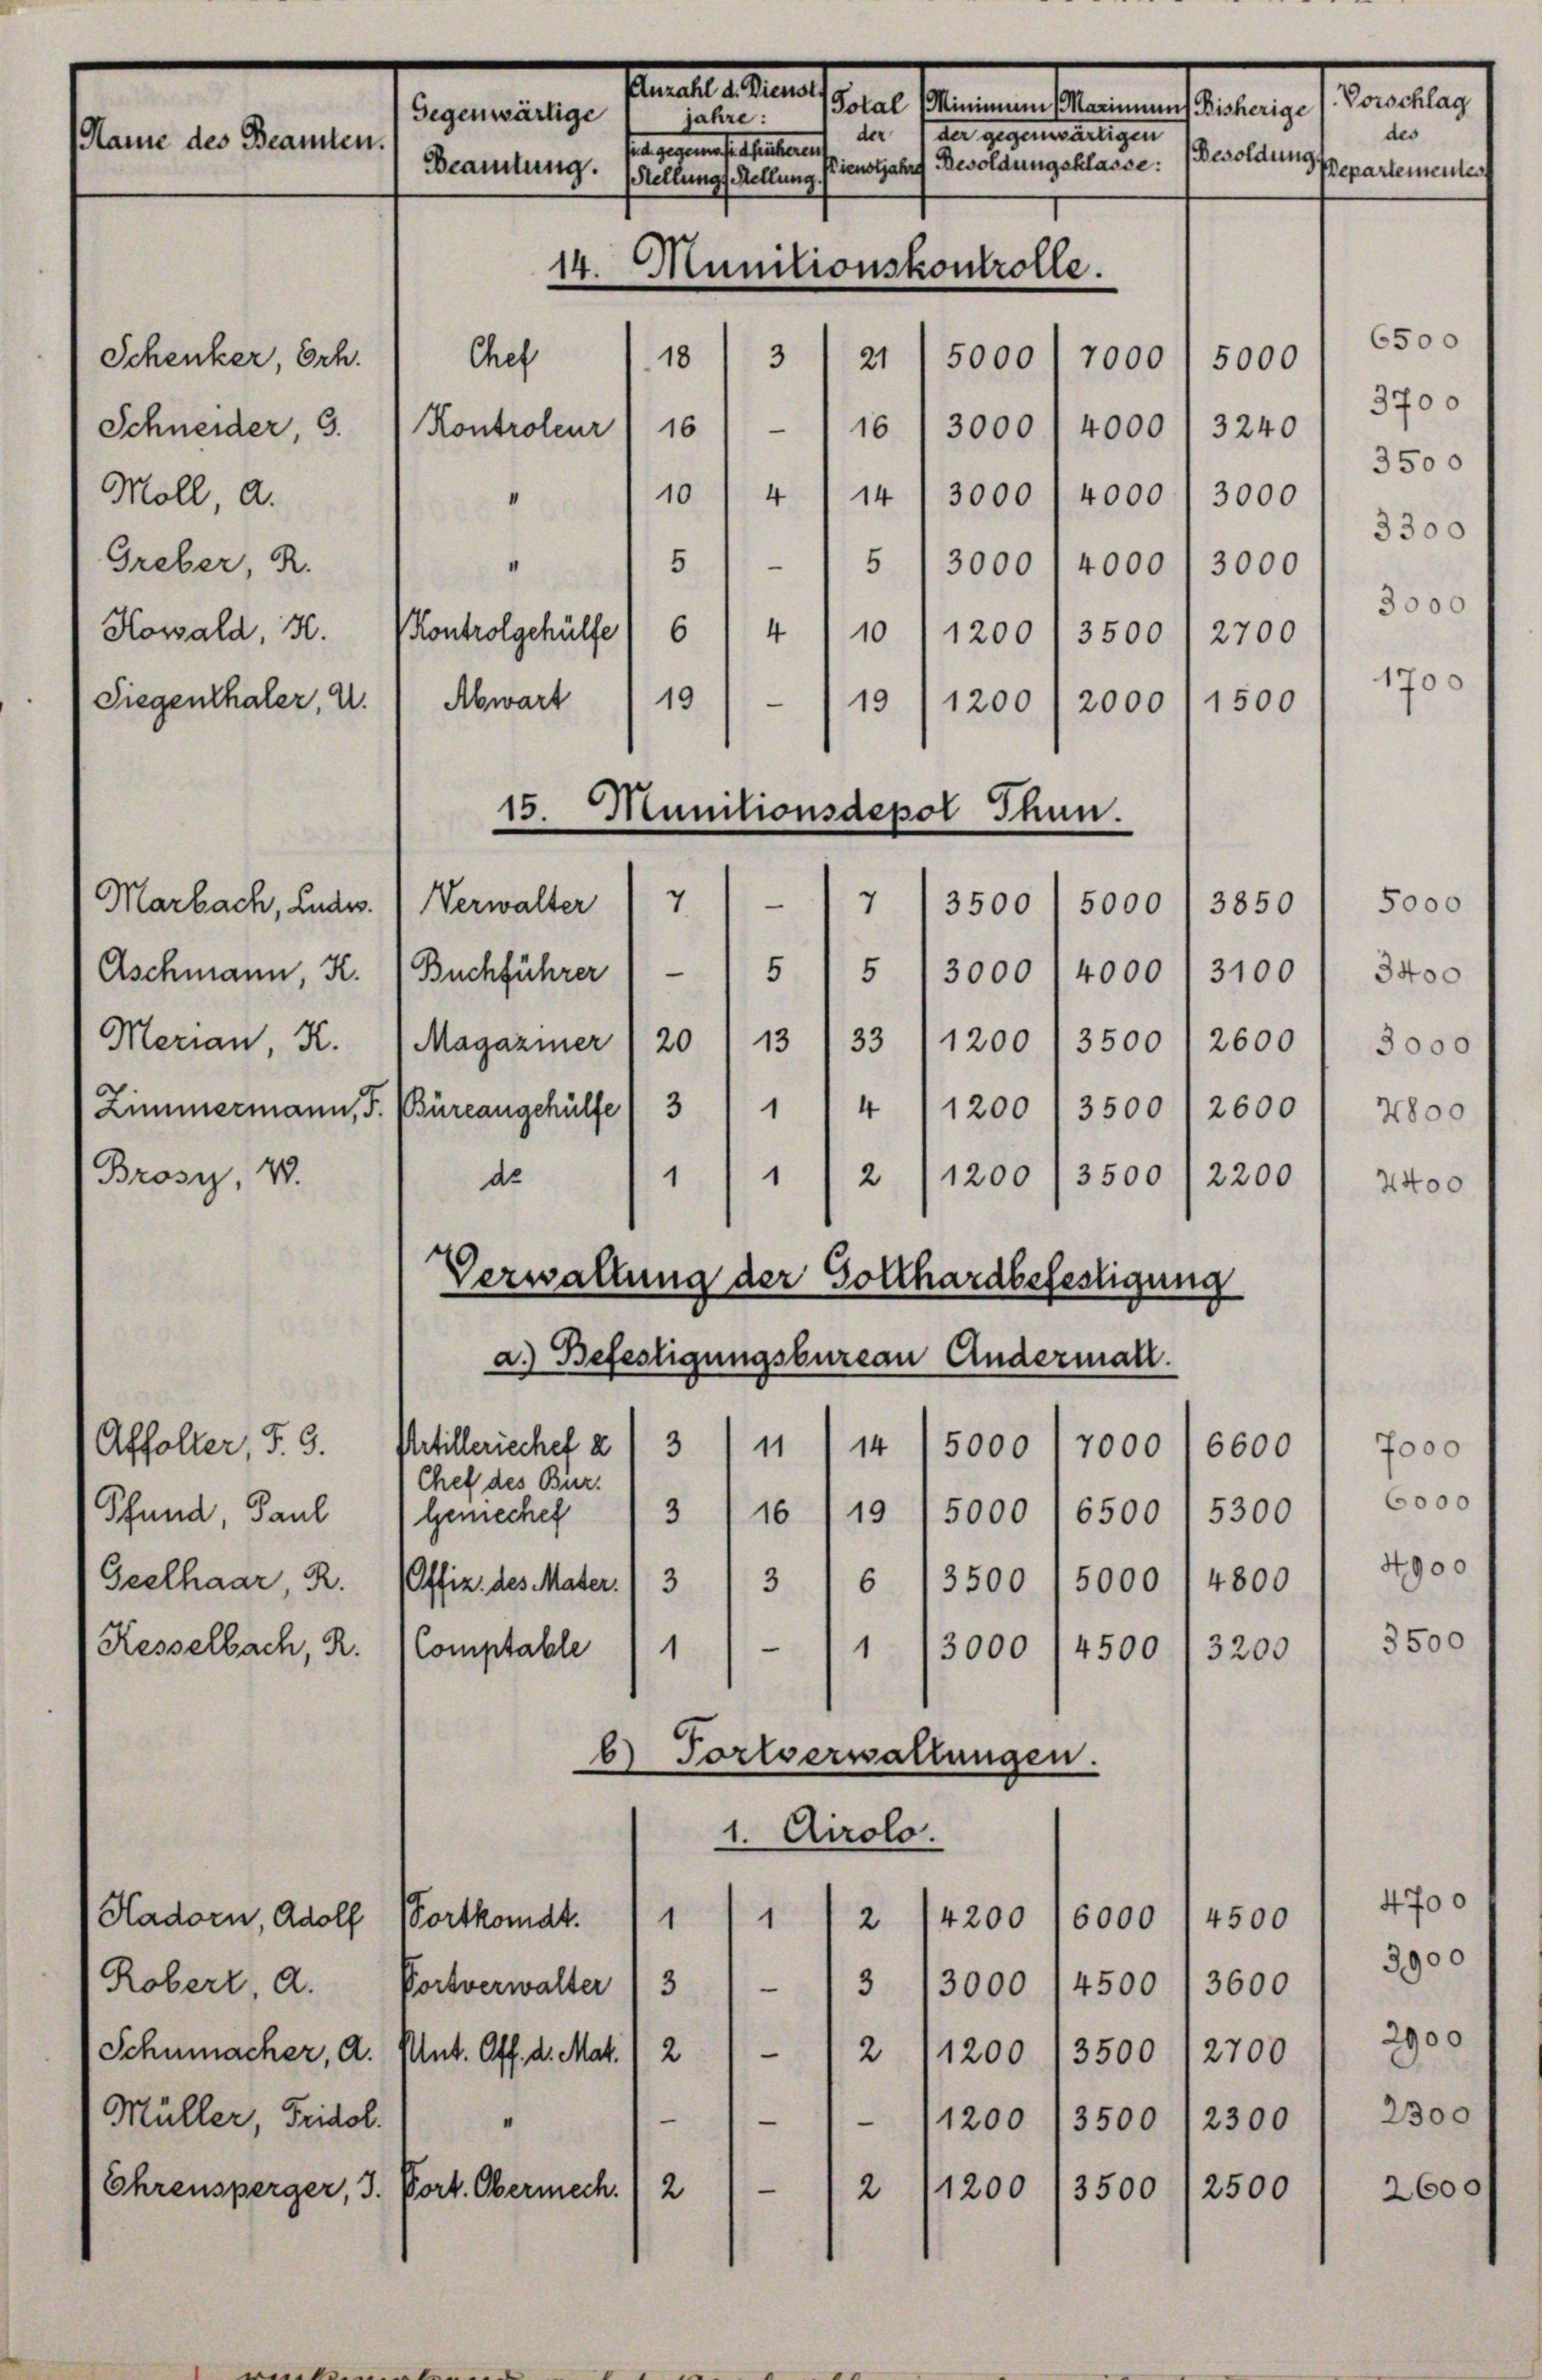
amals Peten
der der gegenen seitigen
Name des Beamten.
14. Munitionskontrolle.

3
5000
18
7000
21
161 - 116) 3000 f 4000 l 3240 / 3700
Schneider, 3.
Kontroleur
4/14/3000 f 4000 f 3000 f 3500
10
Moll, a.
5
Greber, R.
e
5/3000 14000 13000 f 3000
Kowald, 3.
4
6
10/1200. 3500) 2700
Siegenthaler, u.
19
19
1200
1500
2000
7
4
Marbach, Ludw
3500
3850
5000
Aschmann, K. (Buchführer) - 5) 5 " 3000 " 4000 " 3100
Merian, K. Magaziner (20 " 13 33 (1200 / 3500 1 2600 l 3000
(Zimmermann, F. (Büreangehülfe 1 3) 114 (1200 (3500 (2600
3500
1
Brosi, 48.
2200
de
2
1200
1
Verwaltung der Gollhardbefestigung
a.) Befestigungsbureau Andermall.
Affolter, §. 3.
Urtillerischef 2/3
14
7000
5000
11
6600
Chef des Bier.
3
16/19 (5000 (6500 15300
Pfund, Paul Geniechef
3
Geelhaar, R. (Offiz. des Mater.
3) 6 /3500 15000 / 4800
e
(Kesselbach, R.
1
4500
Comptable
3000
1
3200
b) Tortverwaltungen.
1. Airolo.
Hadorn, Adolf
4200
4500
Fortkomdt.
6000
112
1
Robert, d. Portverwalter / 3/3 13000 /4500
3600
—
2
2
Schumacher, A. Ant. Off. d. Mar.
1200 /3500 12700
Müller, Fridol.
1200 /3500 /2300
—
Ehrensperger, 3. Vort. Obermech. 2
2
2500
3500
1200

Schenker, Erh

Gegenwärtige
jahre:
seit gegen sie seltsament

Chef

Kontrolgehülfe
Abwart

Verwalter

Beamtung. Stellungs-Stellung Dienstjahre Resoldungsklasse:

15. Munitionsdepol Thun.

sein seinen bereine fernunge

des
Besoldungs
separtementes

Vorschlag

6500
5000

1700

7000
6000
4900

3300

5000
3400
4800
2400

3500

4700
3900
2900
2300

2600